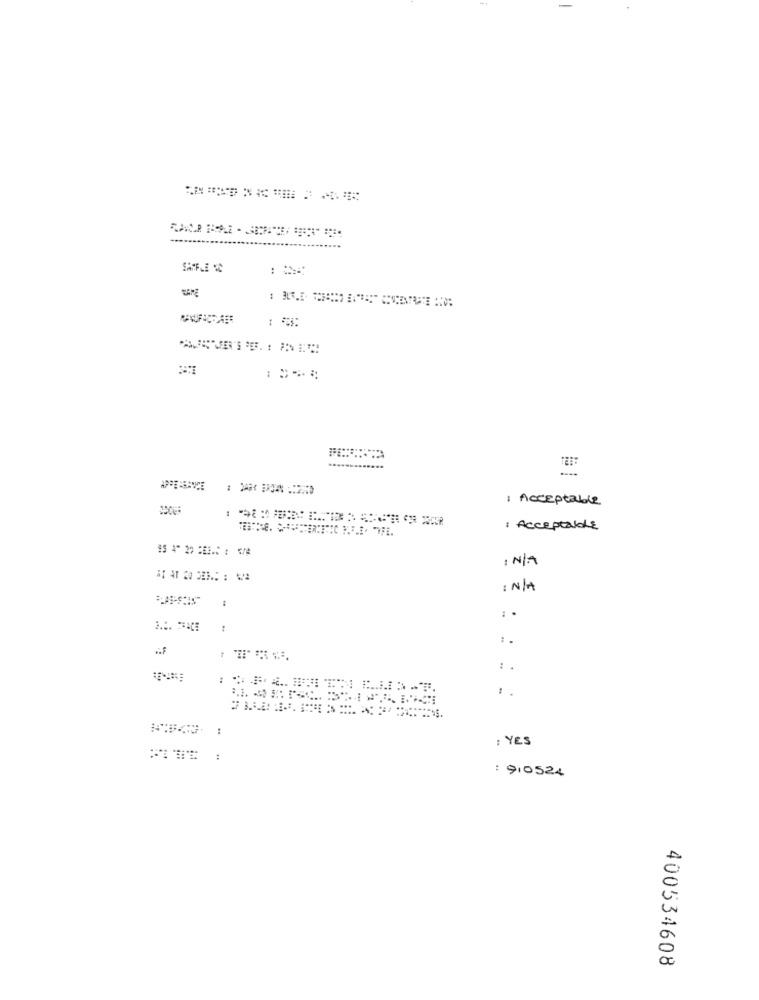
1 Acceptable
: Acceptable
: N/A
AT AT 20 DE6 .: :
: N/A
:.
-
:.
..
: YES
: 910524
400534608